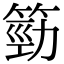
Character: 𥯙